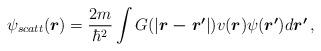
LaTeX: \begin{align*}\psi_{scatt}(\mbox{\boldmath$r$}) = \frac{2m}{\hbar^{2}}\int G(|\mbox{\boldmath$r-r'$}|) v(\mbox{\boldmath$r$})\psi(\mbox{\boldmath$r'$})d\mbox{\boldmath$r'$}\,,\end{align*}